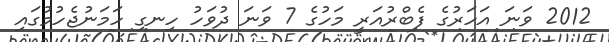
2012 ވަނަ އަހަރުގެ ފެބްރުއަރީ މަހުގެ 7 ވަނަ ދުވަހު ހިނގި ހަމަނުޖެހުމުގައި